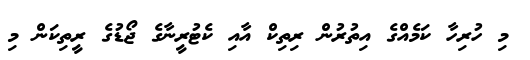
މި ހުރިހާ ކަމެއްގެ އިތުރުން ރިތިކް އާއި ކެޓުރީނާގެ ޖޯޑުގެ ރީތިކަން މި